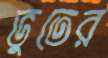
ভুতের